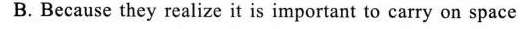
B.Because they realize it is important to carry on space